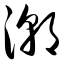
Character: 潮